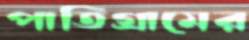
পাতিগ্রামের